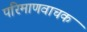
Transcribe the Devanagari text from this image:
परिमाणवाचक